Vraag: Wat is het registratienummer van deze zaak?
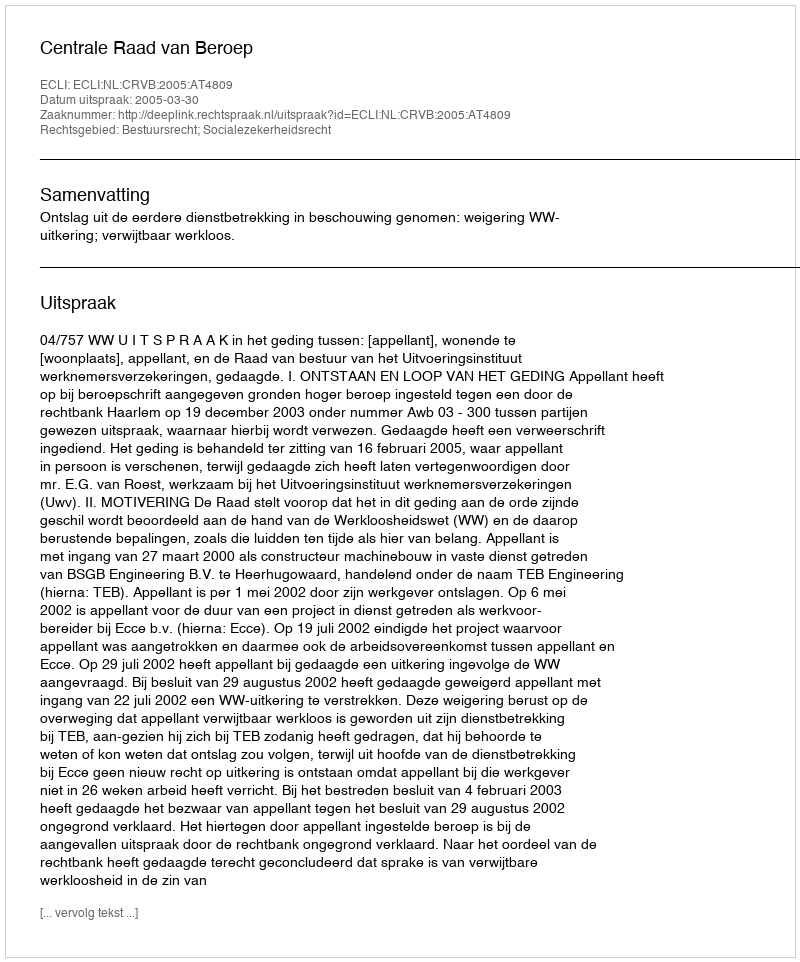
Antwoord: http://deeplink.rechtspraak.nl/uitspraak?id=ECLI:NL:CRVB:2005:AT4809